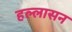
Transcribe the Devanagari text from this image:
हल्लासन